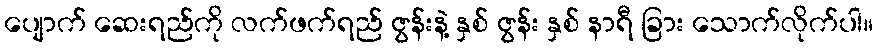
ပျောက် ဆေးရည်ကို လက်ဖက်ရည် ဇွန်းနဲ့ နှစ် ဇွန်း နှစ် နာရီ ခြား သောက်လိုက်ပါ။